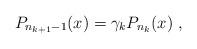
LaTeX: \begin{gather*} P_{n_{k+1}-1}(x) = \gamma_{k}P_{n_{k}} (x) \ ,\end{gather*}